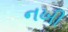
નખી